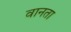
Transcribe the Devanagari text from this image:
वानता